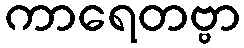
ကာရေတဗ္ဗာ